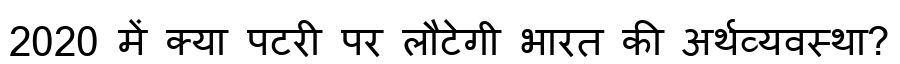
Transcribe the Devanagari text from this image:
2020 में क्या पटरी पर लौटेगी भारत की अर्थव्यवस्था?